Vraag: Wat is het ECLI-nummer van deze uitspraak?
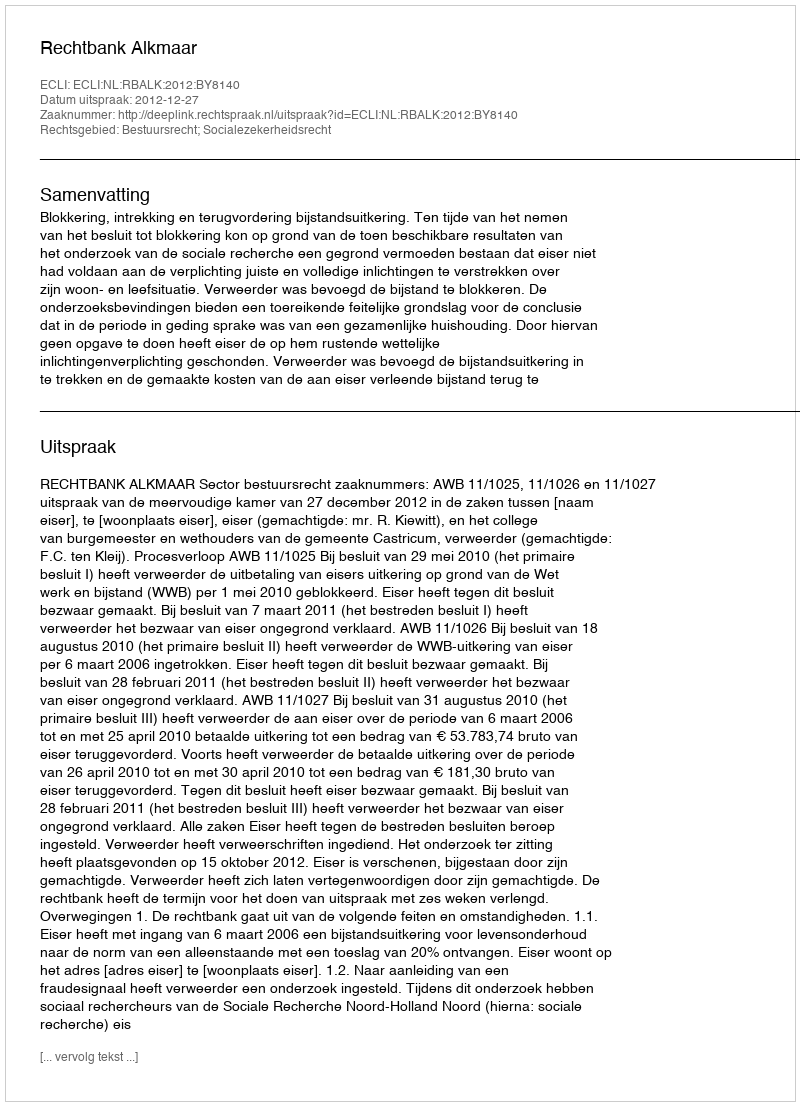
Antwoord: ECLI:NL:RBALK:2012:BY8140